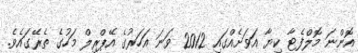
އޮންނަ މޮލްފެޓާ ކިޔާ އަވަށެއްގައި 2012 ވަނަ އަހަރުގެ އޭޕްރިލް މަހުގެ ތެރޭގައެވެ.